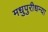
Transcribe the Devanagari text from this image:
मधुपुरीधन्या